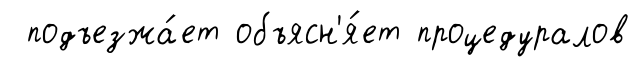
подъезжа́ет объясн'я́ет процедуралов